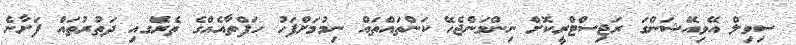
ސިވިލް އޭވިއޭޝަންގަ ރަޖިސްޓްރީކޮށް ނިންމަންޖެހޭ ކަންތައްތައް ނިމުމަށްފަހު ހަފްތާއެއްގެ ތެރޭަގއި ދަތުރުތައް ފަށާނެ